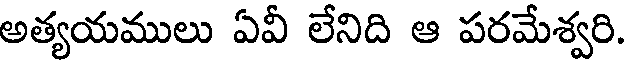
అత్యయములు ఏవీ లేనిది ఆ పరమేశ్వరి.